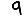
Digit: 9